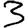
Digit: 3